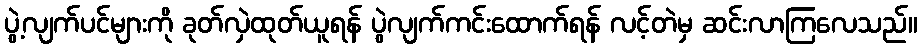
ပွဲ့လျက်ပင်များကို ခုတ်လှဲထုတ်ယူရန် ပွဲလျက်ကင်းထောက်ရန် လင့်တဲမှ ဆင်းလာကြလေသည်။